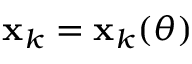
\mathbf { x } _ { k } = \mathbf { x } _ { k } ( \theta )